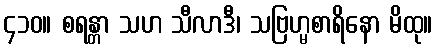
၄၁၀။ စရန္တာ သဟ သီလာဒီ၊ သဗြဟ္မစာရိနော မိထု။